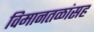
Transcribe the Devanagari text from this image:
विमानतळांसह